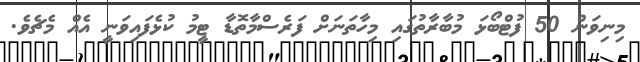
މިނިވަން 50 ފުޓްބޯޅަ މުބާރާތުގައި މިހާތަނަށް ފަރެސްމާތޮޑާ ޓީމު ކުޅެފައިވަނީ އެއް މެޗެވެ.